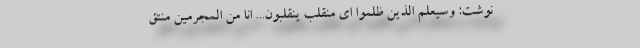
نوشت: وسیعلم الذین ظلموا ای منقلب ینقلبون... انا من المجرمین منتق